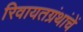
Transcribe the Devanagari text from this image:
रिवायतग्रंथांचें